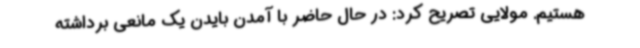
هستیم. مولایی تصریح کرد: در حال حاضر با آمدن بایدن یک مانعی برداشته